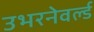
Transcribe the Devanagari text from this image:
उभरनेवर्ल्ड